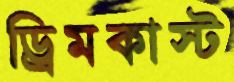
ড্রিমকাস্ট